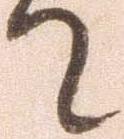
て